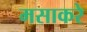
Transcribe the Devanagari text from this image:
मसाकरे